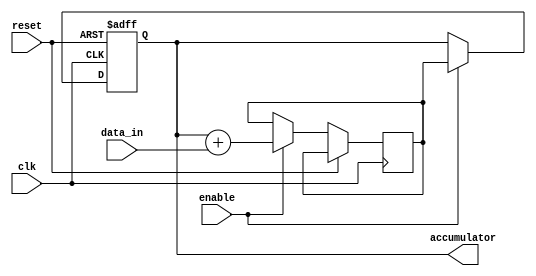
module accumulator (
    input wire clk,
    input wire reset,
    input wire enable,
    input wire [15:0] data_in,
    output reg [15:0] accumulator
);

reg [15:0] temp;

always @(posedge clk or posedge reset) begin
    if (reset) begin
        accumulator <= 16'b0;
    end else begin
        if (enable) begin
            temp <= accumulator + data_in;
            accumulator <= temp;
        end
    end
end

endmodule